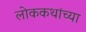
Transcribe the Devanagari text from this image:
लोककथांच्या